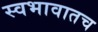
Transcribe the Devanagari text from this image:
स्वभावातच